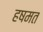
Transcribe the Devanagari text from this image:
हषमत